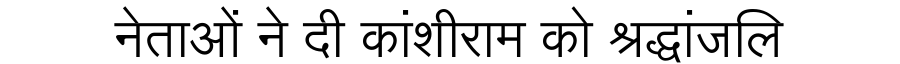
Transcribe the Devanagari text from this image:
नेताओं ने दी कांशीराम को श्रद्धांजलि